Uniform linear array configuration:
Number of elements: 16
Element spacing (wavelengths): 0.75
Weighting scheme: binomial
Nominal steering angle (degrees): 15
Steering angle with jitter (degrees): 14.031
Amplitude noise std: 0.05
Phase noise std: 0.05

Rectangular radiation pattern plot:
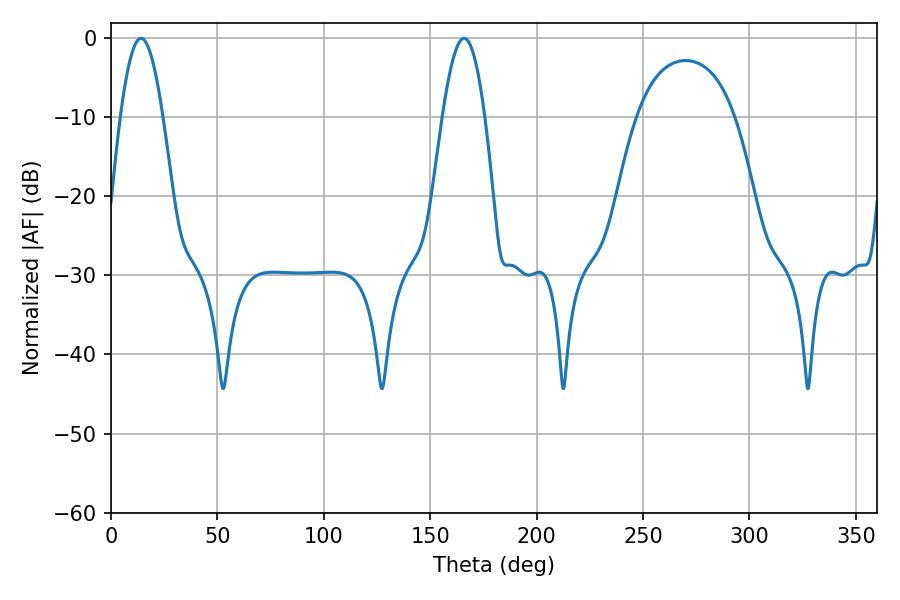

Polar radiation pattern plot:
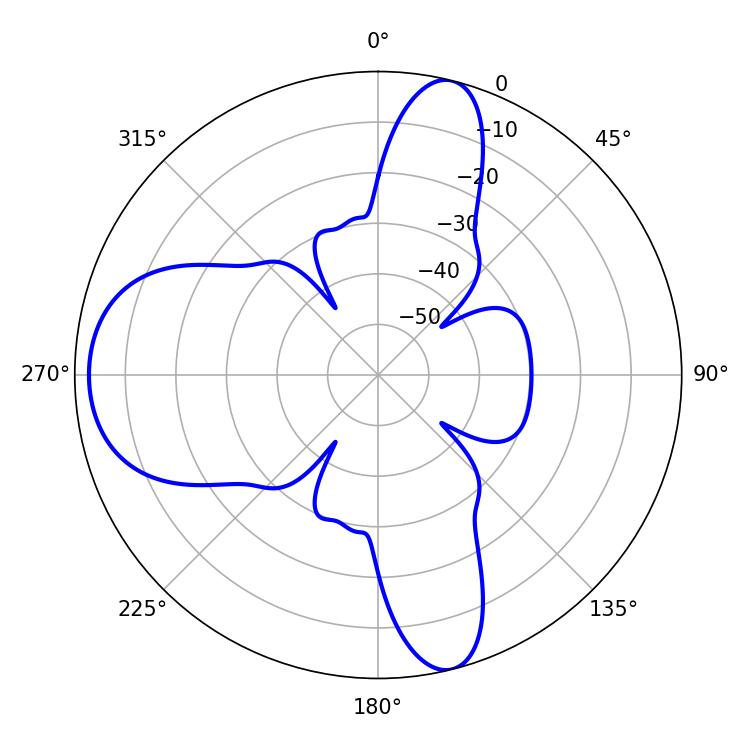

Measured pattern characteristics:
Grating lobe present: TRUE
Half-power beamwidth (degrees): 10.8
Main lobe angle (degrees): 14.04